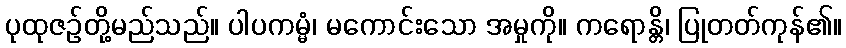
ပုထုဇဉ်တို့မည်သည်။ ပါပကမ္မံ၊ မကောင်းသော အမှုကို။ ကရောန္တိ၊ ပြုတတ်ကုန်၏။